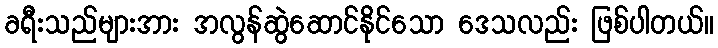
ခရီးသည်များအား အလွန်ဆွဲဆောင်နိုင်သော ဒေသလည်း ဖြစ်ပါတယ်။